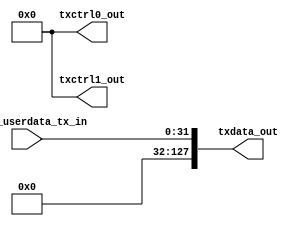
//------------------------------------------------------------------------------
//  (c) Copyright 2013-2015 Xilinx, Inc. All rights reserved.
//
//  This file contains confidential and proprietary information
//  of Xilinx, Inc. and is protected under U.S. and
//  international copyright and other intellectual property
//  laws.
//
//  DISCLAIMER
//  This disclaimer is not a license and does not grant any
//  rights to the materials distributed herewith. Except as
//  otherwise provided in a valid license issued to you by
//  Xilinx, and to the maximum extent permitted by applicable
//  law: (1) THESE MATERIALS ARE MADE AVAILABLE "AS IS" AND
//  WITH ALL FAULTS, AND XILINX HEREBY DISCLAIMS ALL WARRANTIES
//  AND CONDITIONS, EXPRESS, IMPLIED, OR STATUTORY, INCLUDING
//  BUT NOT LIMITED TO WARRANTIES OF MERCHANTABILITY, NON-
//  INFRINGEMENT, OR FITNESS FOR ANY PARTICULAR PURPOSE; and
//  (2) Xilinx shall not be liable (whether in contract or tort,
//  including negligence, or under any other theory of
//  liability) for any loss or damage of any kind or nature
//  related to, arising under or in connection with these
//  materials, including for any direct, or any indirect,
//  special, incidental, or consequential loss or damage
//  (including loss of data, profits, goodwill, or any type of
//  loss or damage suffered as a result of any action brought
//  by a third party) even if such damage or loss was
//  reasonably foreseeable or Xilinx had been advised of the
//  possibility of the same.
//
//  CRITICAL APPLICATIONS
//  Xilinx products are not designed or intended to be fail-
//  safe, or for use in any application requiring fail-safe
//  performance, such as life-support or safety devices or
//  systems, Class III medical devices, nuclear facilities,
//  applications related to the deployment of airbags, or any
//  other applications that could lead to death, personal
//  injury, or severe property or environmental damage
//  (individually and collectively, "Critical
//  Applications"). Customer assumes the sole risk and
//  liability of any use of Xilinx products in Critical
//  Applications, subject only to applicable laws and
//  regulations governing limitations on product liability.
//
//  THIS COPYRIGHT NOTICE AND DISCLAIMER MUST BE RETAINED AS
//  PART OF THIS FILE AT ALL TIMES.
//------------------------------------------------------------------------------

// ***************************
// * DO NOT MODIFY THIS FILE *
// ***************************

`timescale 1ps/1ps

module gtwizard_ultrascale_v1_7_7_gtwiz_userdata_tx #(

  parameter integer P_TX_USER_DATA_WIDTH       = 32,
  parameter integer P_TX_DATA_ENCODING         = 0,
  parameter integer P_TOTAL_NUMBER_OF_CHANNELS = 1

)(

  input  wire [(P_TOTAL_NUMBER_OF_CHANNELS*P_TX_USER_DATA_WIDTH)-1:0] gtwiz_userdata_tx_in,
  output wire [(P_TOTAL_NUMBER_OF_CHANNELS*128)-1:0]                  txdata_out,
  output wire [(P_TOTAL_NUMBER_OF_CHANNELS* 16)-1:0]                  txctrl0_out,
  output wire [(P_TOTAL_NUMBER_OF_CHANNELS* 16)-1:0]                  txctrl1_out

);


  // -------------------------------------------------------------------------------------------------------------------
  // Transmitter user data width sizing conditional generation, based on parameter values in module instantiation
  // -------------------------------------------------------------------------------------------------------------------
  generate if (1) begin : gen_gtwiz_userdata_tx_main
    genvar ch_idx;

    // If transmitter data encoding is either not raw mode, or is raw mode but user data width is not modulus 10, then
    // simply assign the transceiver-facing TXDATA vector with data bits from the user-facing data vector, plus padding.
    if ((P_TX_DATA_ENCODING != 0) ||
       ((P_TX_DATA_ENCODING == 0) && (P_TX_USER_DATA_WIDTH % 10 != 0))) begin : gen_txdata

      for (ch_idx = 0; ch_idx < P_TOTAL_NUMBER_OF_CHANNELS; ch_idx = ch_idx + 1) begin : gen_assign
        if (P_TX_USER_DATA_WIDTH < 128) begin : gen_less_128
          assign txdata_out[(128*ch_idx)+127:(128*ch_idx)] =
            {{128-P_TX_USER_DATA_WIDTH{1'b0}},
             gtwiz_userdata_tx_in[(P_TX_USER_DATA_WIDTH*ch_idx)+P_TX_USER_DATA_WIDTH-1:
                                  (P_TX_USER_DATA_WIDTH*ch_idx)]};
        end
        else begin : gen_128
          assign txdata_out[(128*ch_idx)+127:(128*ch_idx)] =
             gtwiz_userdata_tx_in[(P_TX_USER_DATA_WIDTH*ch_idx)+P_TX_USER_DATA_WIDTH-1:
                                  (P_TX_USER_DATA_WIDTH*ch_idx)];
        end
      end

      // Transceiver-facing TXCTRL0 and TXCTRL1 vectors are not driven by this helper block in this configuration
      assign txctrl0_out = {P_TOTAL_NUMBER_OF_CHANNELS*16{1'b0}};
      assign txctrl1_out = {P_TOTAL_NUMBER_OF_CHANNELS*16{1'b0}};
    end

    // If transmitter data encoding is raw mode and user data width is modulus 10, then assign the specified combination
    // of transceiver-facing TXDATA, TXCTRL0, and TXCTRL1 vectors with the user-facing data vector. The interleaving of
    // these vectors is always in a repeating 8-1-1 bit pattern, scaling with the user data width size.
    else begin : gen_txdata_txctrl

      case (P_TX_USER_DATA_WIDTH)
        20:
          for (ch_idx = 0; ch_idx < P_TOTAL_NUMBER_OF_CHANNELS; ch_idx = ch_idx + 1) begin : gen_width20
            assign txctrl1_out[(16*ch_idx)+15:(16*ch_idx)] =
              {14'b0,
               gtwiz_userdata_tx_in[(ch_idx*20)+19],
               gtwiz_userdata_tx_in[(ch_idx*20)+9]};
            assign txctrl0_out[(16*ch_idx)+15:(16*ch_idx)] =
              {14'b0,
               gtwiz_userdata_tx_in[(ch_idx*20)+18],
               gtwiz_userdata_tx_in[(ch_idx*20)+8]};
            assign txdata_out[(128*ch_idx)+127:(128*ch_idx)] =
              {112'b0,
               gtwiz_userdata_tx_in[(ch_idx*20)+17:(ch_idx*20)+10],
               gtwiz_userdata_tx_in[(ch_idx*20)+7:ch_idx*20]};
          end

        40:
          for (ch_idx = 0; ch_idx < P_TOTAL_NUMBER_OF_CHANNELS; ch_idx = ch_idx + 1) begin : gen_width40
            assign txctrl1_out[(16*ch_idx)+15:(16*ch_idx)] =
              {12'b0,
               gtwiz_userdata_tx_in[(ch_idx*40)+39],
               gtwiz_userdata_tx_in[(ch_idx*40)+29],
               gtwiz_userdata_tx_in[(ch_idx*40)+19],
               gtwiz_userdata_tx_in[(ch_idx*40)+9]};
            assign txctrl0_out[(16*ch_idx)+15:(16*ch_idx)] =
              {12'b0,
               gtwiz_userdata_tx_in[(ch_idx*40)+38],
               gtwiz_userdata_tx_in[(ch_idx*40)+28],
               gtwiz_userdata_tx_in[(ch_idx*40)+18],
               gtwiz_userdata_tx_in[(ch_idx*40)+8]};
            assign txdata_out[(128*ch_idx)+127:(128*ch_idx)] =
              {96'b0,
               gtwiz_userdata_tx_in[(ch_idx*40)+37:(ch_idx*40)+30],
               gtwiz_userdata_tx_in[(ch_idx*40)+27:(ch_idx*40)+20],
               gtwiz_userdata_tx_in[(ch_idx*40)+17:(ch_idx*40)+10],
               gtwiz_userdata_tx_in[(ch_idx*40)+7:ch_idx*40]};
          end

        80:
          for (ch_idx = 0; ch_idx < P_TOTAL_NUMBER_OF_CHANNELS; ch_idx = ch_idx + 1) begin : gen_width80
            assign txctrl1_out[(16*ch_idx)+15:(16*ch_idx)] =
              {8'b0,
               gtwiz_userdata_tx_in[(ch_idx*80)+79],
               gtwiz_userdata_tx_in[(ch_idx*80)+69],
               gtwiz_userdata_tx_in[(ch_idx*80)+59],
               gtwiz_userdata_tx_in[(ch_idx*80)+49],
               gtwiz_userdata_tx_in[(ch_idx*80)+39],
               gtwiz_userdata_tx_in[(ch_idx*80)+29],
               gtwiz_userdata_tx_in[(ch_idx*80)+19],
               gtwiz_userdata_tx_in[(ch_idx*80)+9]};
            assign txctrl0_out[(16*ch_idx)+15:(16*ch_idx)] =
              {8'b0,
               gtwiz_userdata_tx_in[(ch_idx*80)+78],
               gtwiz_userdata_tx_in[(ch_idx*80)+68],
               gtwiz_userdata_tx_in[(ch_idx*80)+58],
               gtwiz_userdata_tx_in[(ch_idx*80)+48],
               gtwiz_userdata_tx_in[(ch_idx*80)+38],
               gtwiz_userdata_tx_in[(ch_idx*80)+28],
               gtwiz_userdata_tx_in[(ch_idx*80)+18],
               gtwiz_userdata_tx_in[(ch_idx*80)+8]};
            assign txdata_out[(128*ch_idx)+127:(128*ch_idx)] =
              {64'b0,
               gtwiz_userdata_tx_in[(ch_idx*80)+77:(ch_idx*80)+70],
               gtwiz_userdata_tx_in[(ch_idx*80)+67:(ch_idx*80)+60],
               gtwiz_userdata_tx_in[(ch_idx*80)+57:(ch_idx*80)+50],
               gtwiz_userdata_tx_in[(ch_idx*80)+47:(ch_idx*80)+40],
               gtwiz_userdata_tx_in[(ch_idx*80)+37:(ch_idx*80)+30],
               gtwiz_userdata_tx_in[(ch_idx*80)+27:(ch_idx*80)+20],
               gtwiz_userdata_tx_in[(ch_idx*80)+17:(ch_idx*80)+10],
               gtwiz_userdata_tx_in[(ch_idx*80)+7:ch_idx*80]};
          end

        160:
          for (ch_idx = 0; ch_idx < P_TOTAL_NUMBER_OF_CHANNELS; ch_idx = ch_idx + 1) begin : gen_width160
            assign txctrl1_out[(16*ch_idx)+15:(16*ch_idx)] =
              {gtwiz_userdata_tx_in[(ch_idx*160)+159],
               gtwiz_userdata_tx_in[(ch_idx*160)+149],
               gtwiz_userdata_tx_in[(ch_idx*160)+139],
               gtwiz_userdata_tx_in[(ch_idx*160)+129],
               gtwiz_userdata_tx_in[(ch_idx*160)+119],
               gtwiz_userdata_tx_in[(ch_idx*160)+109],
               gtwiz_userdata_tx_in[(ch_idx*160)+99],
               gtwiz_userdata_tx_in[(ch_idx*160)+89],
               gtwiz_userdata_tx_in[(ch_idx*160)+79],
               gtwiz_userdata_tx_in[(ch_idx*160)+69],
               gtwiz_userdata_tx_in[(ch_idx*160)+59],
               gtwiz_userdata_tx_in[(ch_idx*160)+49],
               gtwiz_userdata_tx_in[(ch_idx*160)+39],
               gtwiz_userdata_tx_in[(ch_idx*160)+29],
               gtwiz_userdata_tx_in[(ch_idx*160)+19],
               gtwiz_userdata_tx_in[(ch_idx*160)+9]};
            assign txctrl0_out[(16*ch_idx)+15:(16*ch_idx)] =
              {gtwiz_userdata_tx_in[(ch_idx*160)+158],
               gtwiz_userdata_tx_in[(ch_idx*160)+148],
               gtwiz_userdata_tx_in[(ch_idx*160)+138],
               gtwiz_userdata_tx_in[(ch_idx*160)+128],
               gtwiz_userdata_tx_in[(ch_idx*160)+118],
               gtwiz_userdata_tx_in[(ch_idx*160)+108],
               gtwiz_userdata_tx_in[(ch_idx*160)+98],
               gtwiz_userdata_tx_in[(ch_idx*160)+88],
               gtwiz_userdata_tx_in[(ch_idx*160)+78],
               gtwiz_userdata_tx_in[(ch_idx*160)+68],
               gtwiz_userdata_tx_in[(ch_idx*160)+58],
               gtwiz_userdata_tx_in[(ch_idx*160)+48],
               gtwiz_userdata_tx_in[(ch_idx*160)+38],
               gtwiz_userdata_tx_in[(ch_idx*160)+28],
               gtwiz_userdata_tx_in[(ch_idx*160)+18],
               gtwiz_userdata_tx_in[(ch_idx*160)+8]};
            assign txdata_out[(128*ch_idx)+127:(128*ch_idx)] =
              {gtwiz_userdata_tx_in[(ch_idx*160)+157:(ch_idx*160)+150],
               gtwiz_userdata_tx_in[(ch_idx*160)+147:(ch_idx*160)+140],
               gtwiz_userdata_tx_in[(ch_idx*160)+137:(ch_idx*160)+130],
               gtwiz_userdata_tx_in[(ch_idx*160)+127:(ch_idx*160)+120],
               gtwiz_userdata_tx_in[(ch_idx*160)+117:(ch_idx*160)+110],
               gtwiz_userdata_tx_in[(ch_idx*160)+107:(ch_idx*160)+100],
               gtwiz_userdata_tx_in[(ch_idx*160)+97:(ch_idx*160)+90],
               gtwiz_userdata_tx_in[(ch_idx*160)+87:(ch_idx*160)+80],
               gtwiz_userdata_tx_in[(ch_idx*160)+77:(ch_idx*160)+70],
               gtwiz_userdata_tx_in[(ch_idx*160)+67:(ch_idx*160)+60],
               gtwiz_userdata_tx_in[(ch_idx*160)+57:(ch_idx*160)+50],
               gtwiz_userdata_tx_in[(ch_idx*160)+47:(ch_idx*160)+40],
               gtwiz_userdata_tx_in[(ch_idx*160)+37:(ch_idx*160)+30],
               gtwiz_userdata_tx_in[(ch_idx*160)+27:(ch_idx*160)+20],
               gtwiz_userdata_tx_in[(ch_idx*160)+17:(ch_idx*160)+10],
               gtwiz_userdata_tx_in[(ch_idx*160)+7:ch_idx*160]};
          end

        default:
          begin : gen_default
            // The default case is a configuration error scenario should never be exercised
            assign txdata_out  = {P_TOTAL_NUMBER_OF_CHANNELS*128{1'b1}};
            assign txctrl0_out = {P_TOTAL_NUMBER_OF_CHANNELS*16{1'b1}};
            assign txctrl1_out = {P_TOTAL_NUMBER_OF_CHANNELS*16{1'b1}};
          end
      endcase

    end

  end
  endgenerate


endmodule